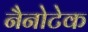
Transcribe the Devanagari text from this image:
नैनोटेक